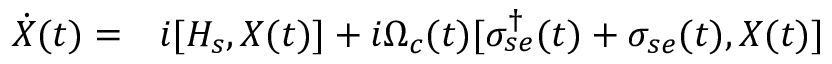
\begin{array} { r l } { \dot { X } ( t ) = } & { { } i [ H _ { s } , X ( t ) ] + i \Omega _ { c } ( t ) [ \sigma _ { s e } ^ { \dagger } ( t ) + \sigma _ { s e } ( t ) , X ( t ) ] } \end{array}